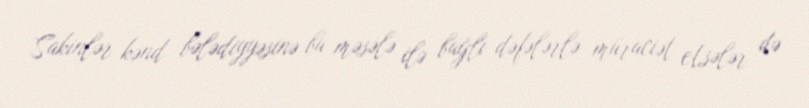
Sakinlər kənd bələdiyyəsinə bu məsələ ilə bağlı dəfələrlə müraciət etsələr də